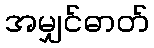
အမျှင်ဓာတ်